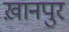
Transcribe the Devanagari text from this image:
ख़ानपुर